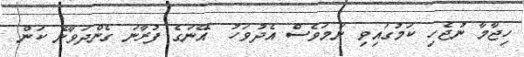
ހިޖާމާ ނުޖެހި ކަމުގައިވި ނަމަވެސް އެދުވަހު  އޭނަގެ ފުރާނަ ގެންދަވާނެ ކަން